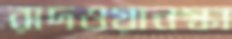
রাদওয়ানস্কা